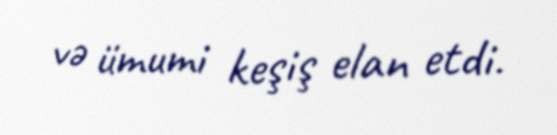
və ümumi keşiş elan etdi.